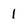
Character: 1